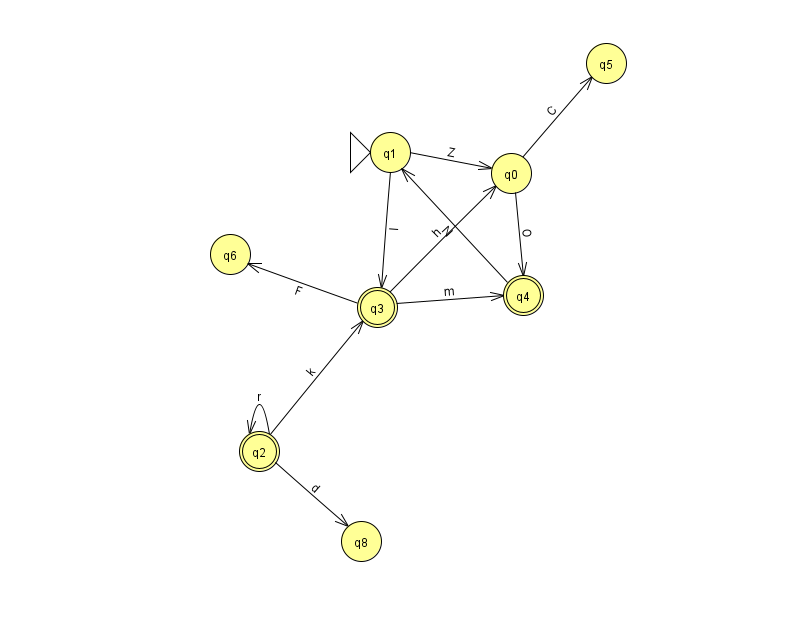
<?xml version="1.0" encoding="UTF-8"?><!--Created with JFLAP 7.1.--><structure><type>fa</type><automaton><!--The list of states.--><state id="0" name="q0"><x>511.0</x><y>160.0</y></state><state id="1" name="q1"><x>390.0</x><y>139.0</y><initial/></state><state id="2" name="q2"><x>259.0</x><y>438.0</y><final/></state><state id="3" name="q3"><x>377.0</x><y>294.0</y><final/></state><state id="4" name="q4"><x>523.0</x><y>282.0</y><final/></state><state id="5" name="q5"><x>606.0</x><y>50.0</y></state><state id="6" name="q6"><x>230.0</x><y>241.0</y></state><state id="8" name="q8"><x>361.0</x><y>528.0</y></state><!--The list of transitions.--><transition><from>3</from><to>4</to><read>m</read></transition><transition><from>2</from><to>2</to><read>r</read></transition><transition><from>3</from><to>0</to><read>h</read></transition><transition><from>2</from><to>3</to><read>k</read></transition><transition><from>1</from><to>3</to><read>l</read></transition><transition><from>0</from><to>4</to><read>O</read></transition><transition><from>1</from><to>0</to><read>Z</read></transition><transition><from>0</from><to>5</to><read>C</read></transition><transition><from>4</from><to>1</to><read>N</read></transition><transition><from>3</from><to>6</to><read>F</read></transition><transition><from>2</from><to>8</to><read>d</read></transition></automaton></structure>